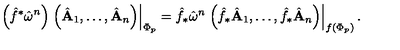
\left( \hat { f } ^ { * } \hat { \bf \omega } ^ { n } \right) \left. \left( \hat { \bf A } _ { 1 } , \ldots , \hat { \bf A } _ { n } \right) \right| _ { \Phi _ { p } } = \hat { f } _ { * } \hat { \bf \omega } ^ { n } \left. \left( \hat { f } _ { * } \hat { \bf A } _ { 1 } , \ldots , \hat { f } _ { * } \hat { \bf A } _ { n } \right) \right| _ { f \left( \Phi _ { p } \right) } .